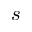
s